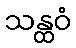
သန္ထဝံ